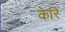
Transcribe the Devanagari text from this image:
केरि